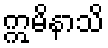
ဣမိနာသိ